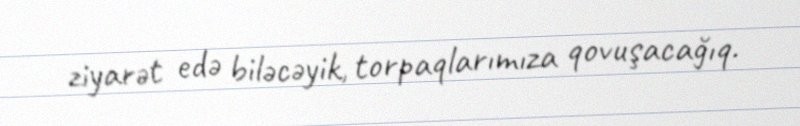
ziyarət edə biləcəyik, torpaqlarımıza qovuşacağıq.